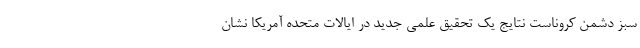
سبز دشمن کروناست نتایج یک تحقیق علمی جدید در ایالات متحده آمریکا نشان